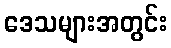
ဒေသများအတွင်း